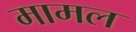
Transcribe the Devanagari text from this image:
मामल